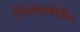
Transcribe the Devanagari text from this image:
लिमयेवाडीतील